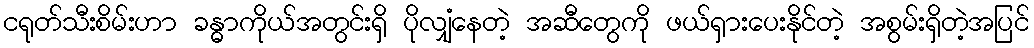
ငရုတ်သီးစိမ်းဟာ ခန္ဓာကိုယ်အတွင်းရှိ ပိုလျှံနေတဲ့ အဆီတွေကို ဖယ်ရှားပေးနိုင်တဲ့ အစွမ်းရှိတဲ့အပြင်